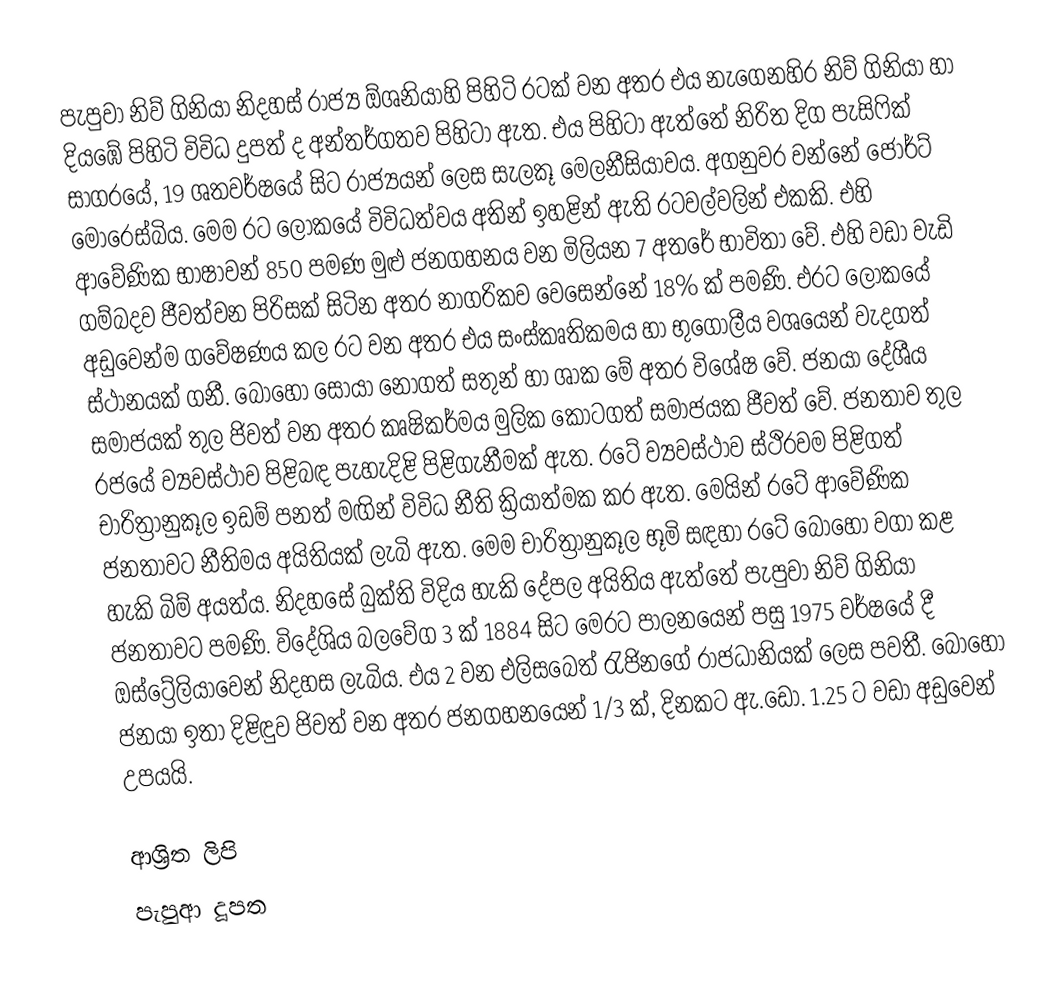
පැපුවා නිව් ගිනියා නිදහස් රාජ්‍ය ඕශනියාහි පිහිටි රටක් වන අතර එය නැගෙනහිර නිව් ගිනියා හා දියඹේ පිහිටි විවිධ දුපත් ද අන්තර්ගතව පිහිටා ඇත. එය පිහිටා ඇත්තේ නිරිත දිග පැසිෆික් සාගරයේ, 19 ශතවර්ෂ‍‍යේ සිට රාජ්‍යයන් ලෙස සැලකූ මෙලනීසියාවය. අගනුවර වන්නේ ජෝර්ට් මොරෙස්බිය. මෙම රට ලෝකයේ විවිධත්වය අතින් ඉහළින් ඇති රටවල්වලින් එකකි. එහි ආවේණික භාෂාවන් 850 පමණ මුළු ජනගහනය වන මිලියන 7 අතරේ භාවිතා වේ. එහි වඩා වැඩි ගම්බදව ජීවත්වන පිරිසක් සිටින අතර නාගරිකව වෙසෙන්නේ 18% ක් පමණි. එරට ලෝකයේ අඩුවෙන්ම ගවේෂණය කල රට වන අතර එය සංස්කෘතිකමය හා භුගෝලීය වශයෙන් වැදගත් ස්ථානයක් ගනී. බොහෝ සොයා නොගත් සතුන් හා ශාක මේ අතර විශේෂ වේ. ජනයා දේශීය සමාජයක් තුල ජිවත් වන අතර ‍කෘෂිකර්මය මුලික කොටගත් සමාජයක  ජීවත් වේ. ජනතාව තුල රජයේ ව්‍යවස්ථාව පිළිබඳ පැහැදිළි පිළිගැනීමක් ඇත. රටේ ව්‍යවස්ථාව ස්ථිරවම පිළිගත් චාරිත්‍රානුකූල ඉඩම් පනත් මඟින් විවිධ නීති ක්‍රියාත්මක කර ඇත. මෙයින් රටේ ආවේණික ජනතාවට නීතිමය අයිතියක් ලැබි ඇත. මෙම චාරිත්‍රානුකූල භූමි සඳහා රටේ බොහෝ වගා කළ හැකි බිම් අයත්ය. නිදහසේ බුක්ති විදිය හැකි දේපල අයිතිය ඇත්තේ පැපුවා නිව් ගිනියා ජනතාවට පමණි. විදේශිය බලවේග 3 ක් 1884 සිට මෙරට පාලනයෙන් පසු 1975 වර්ෂයේ දී ඔස්ට්‍රේලියාවෙන් නිදහස ලැබිය. එය 2 වන ‍එලි‍සබෙත් රැජිනගේ රාජධානියක් ලෙස පවතී. බොහෝ ජනයා ඉතා දිළිඳුව ජිවත් වන අතර ජනගහනයෙන් 1/3 ක්, දිනකට ඇ.ඩො. 1.25 ට වඩා අඩුවෙන් උපයයි.

ආශ්‍රිත ලිපි
 පැපුආ දූපත